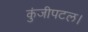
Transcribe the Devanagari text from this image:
कुंजीपटल।